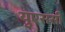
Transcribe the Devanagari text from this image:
युएससी